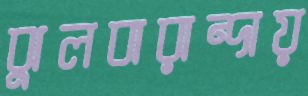
ঝুলবারান্দায়